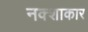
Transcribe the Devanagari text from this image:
नक्शाकार